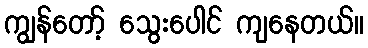
ကျွန်တော့် သွေးပေါင် ကျနေတယ်။